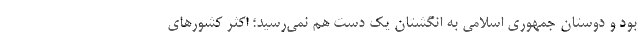
بود و دوستان جمهوری اسلامی به انگشتان یک دست هم نمی‌رسید؛ اکثر کشورهای